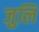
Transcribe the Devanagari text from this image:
जुलि